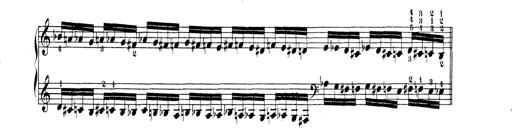
Title: Technische Studien
Composer: Franz Liszt